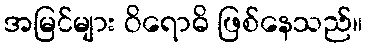
အမြင်များ ဝိရောဓိ ဖြစ်နေသည်။